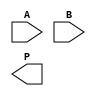
module WallaceTreeMultiplier #(parameter N = 4) (
    input [N-1:0] A,
    input [N-1:0] B,
    output [2*N-1:0] P
);

    // Partial Product Generation
    wire [N-1:0] pp [0:N-1]; // Partial products
    genvar i, j;
    generate
        for (i = 0; i < N; i = i + 1) begin : pp_gen
            assign pp[i] = A & {N{B[i]}};
        end
    endgenerate

    // Wallace Tree Reduction
    wire [N-1:0] sum [0:N-1]; // Sums from CSAs
    wire [N-1:0] carry [0:N-1]; // Carries from CSAs

    // First stage of CSAs
    generate
        for (i = 0; i < N-1; i = i + 1) begin : CSA_stage1
            if (i % 3 == 0) begin
                assign {carry[i/3], sum[i/3]} = pp[i] + pp[i+1] + pp[i+2];
            end
        end
    endgenerate

    // Second stage of CSAs
    wire [N-1:0] sum2 [0:(N/3)]; // Sums from second stage
    wire [N-1:0] carry2 [0:(N/3)]; // Carries from second stage

    generate
        for (i = 0; i < (N+2)/3; i = i + 1) begin : CSA_stage2
            if (i < (N-1)/3) begin
                assign {carry2[i], sum2[i]} = sum[i*3] + sum[i*3+1] + sum[i*3+2];
            end else if (i == (N-1)/3) begin
                assign {carry2[i], sum2[i]} = sum[i*3] + sum[i*3+1];
            end else begin
                assign sum2[i] = sum[i*3];
                assign carry2[i] = 0;
            end
        end
    endgenerate

    // Final addition
    wire [N-1:0] final_sum;
    wire [N-1:0] final_carry;

    assign {final_carry, final_sum} = carry2[0] + carry2[1] + sum2[0];

    // Final product
    assign P = {final_carry, final_sum};

endmodule